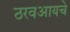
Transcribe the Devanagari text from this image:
ठरवआयचे